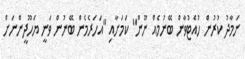
ނަމާދު ކުރުން ހުއްޓުވާން ބޭނުމެއް ނޫން" ކަމަށާއި "އަހަރެމެން ބޭނުން ވަނީ ޔަހޫދީންނަށް